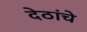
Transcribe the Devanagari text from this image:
देठांचे